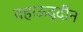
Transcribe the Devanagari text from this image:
वहाऊद्दीन